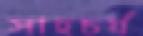
সাহচর্য